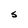
Character: S